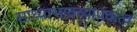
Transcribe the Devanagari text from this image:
साध्याभावव्यापकत्व